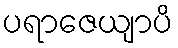
ပရာဇေယျာပိ